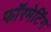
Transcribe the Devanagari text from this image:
फॉरमेटिंग